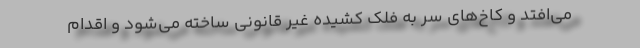
می‌افتد و کاخ‌های سر به فلک کشیده غیر قانونی ساخته می‌شود و اقدام